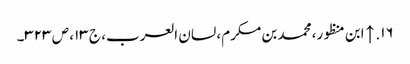
۱۶. ↑ ابن منظور، محمد بن مکرم، لسان العرب، ج ۱۳، ص ۳۲۳۔